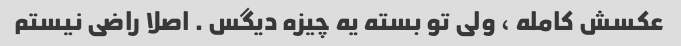
عکسش کامله ، ولی تو بسته یه چیزه دیگس . اصلا راضی نیستم